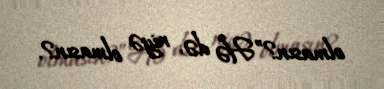
olmasın?”Hə də, niyə olmasın?.